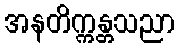
အနတိက္ကန္တသညာ